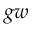
g w